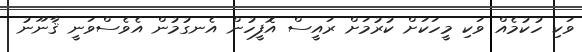
ވަކި ހުކުމެެއް ވަކި މީހަކަށް ކުރުމަށް ރައީސް އޮފީހުން އެނގުމުން އެވެސްވަނީ ޤާނޫނު